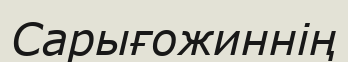
Сарығожиннің